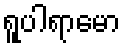
ရူပါရာမော